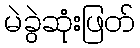
မဲခွဲဆုံးဖြတ်